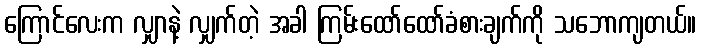
ကြောင်လေးက လျှာနဲ့ လျှက်တဲ့ အခါ ကြမ်းထော်ထော်ခံစားချက်ကို သဘောကျတယ်။